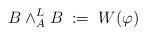
LaTeX: \begin{align*}B \wedge^L_A B \; := \; W(\varphi)\end{align*}